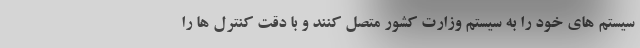
سیستم های خود را به سیستم وزارت کشور متصل کنند و با دقت کنترل ها را